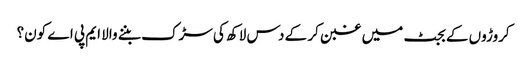
کروڑوں کے بجٹ میں غبن کر کے دس لاکھ کی سڑک بننے والا ایم پی اے کون؟